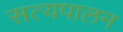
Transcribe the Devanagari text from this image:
सत्यपालन